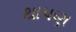
થાપણ